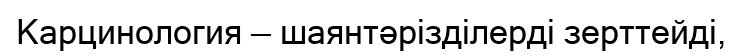
Карцинология — шаянтәрізділерді зерттейді,